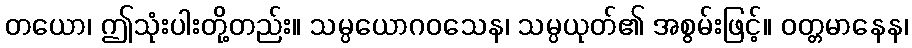
တယော၊ ဤသုံးပါးတို့တည်း။ သမ္ပယောဂဝသေန၊ သမ္ပယုတ်၏ အစွမ်းဖြင့်။ ဝတ္တမာနေန၊